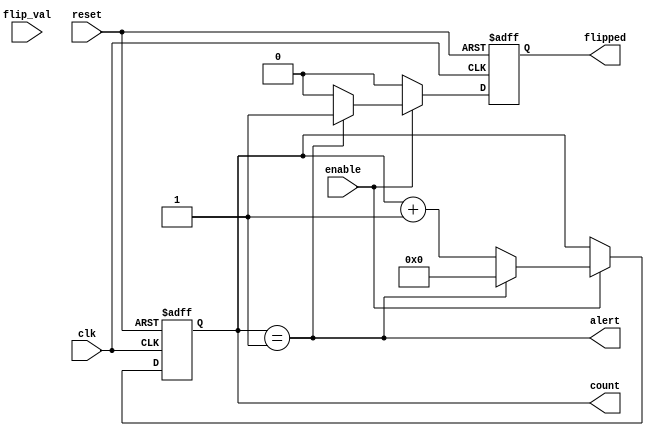
`timescale 1ns/1ps

// No auto creation of nets
//`default_nettype none

module flip_sync_counter
	#(
		parameter WIDTH = 10,
		parameter FIXED_FLIP_VAL = "True",
		parameter FLIP_AT_VAL = 2)
	(
        input wire reset,
		input wire clk,
		input wire enable,
        output reg [WIDTH-1:0] count, 
        output wire alert, 
        output reg flipped, 
        input wire [WIDTH-1:0] flip_val
    );

    //-----------------------------------------------------------------------------------
    //  Parameters
    //-----------------------------------------------------------------------------------
    
    //-----------------------------------------------------------------------------------
    //  Interal wires and registers
    //-----------------------------------------------------------------------------------
    reg alert_fixed;
    reg alert_configurable;
    
    //-----------------------------------------------------------------------------------
    //  Assigns
    //-----------------------------------------------------------------------------------
    always @(*) begin
    	if (FIXED_FLIP_VAL == "True") begin
    		alert_fixed = count == FLIP_AT_VAL - 1;
    		alert_configurable = 1'b0;
    	end else begin
    		alert_fixed = 1'b0;
    		alert_configurable = count == flip_val - 1;
    	end
    end
    assign alert = (FIXED_FLIP_VAL == "True") ? alert_fixed : alert_configurable;
    
    //-----------------------------------------------------------------------------------
    //  Synchronous Counter
    //-----------------------------------------------------------------------------------
    // First bit of the asychronous counter
    always @(posedge clk or posedge reset) begin
        if (reset) begin
			count <= 0;
			flipped <= 1'b0;
			
		end else begin
		
			// Flipped default state
			flipped <= 1'b0;
		
			if (enable) begin
				if (alert) begin
					flipped <= 1'b1;
					count <= 0;
				end else begin
					count <= count + 1;
				end
			end
		end
	end
    //-----------------------------------------------------------------------------------

endmodule